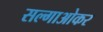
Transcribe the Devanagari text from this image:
सल्गाओकर